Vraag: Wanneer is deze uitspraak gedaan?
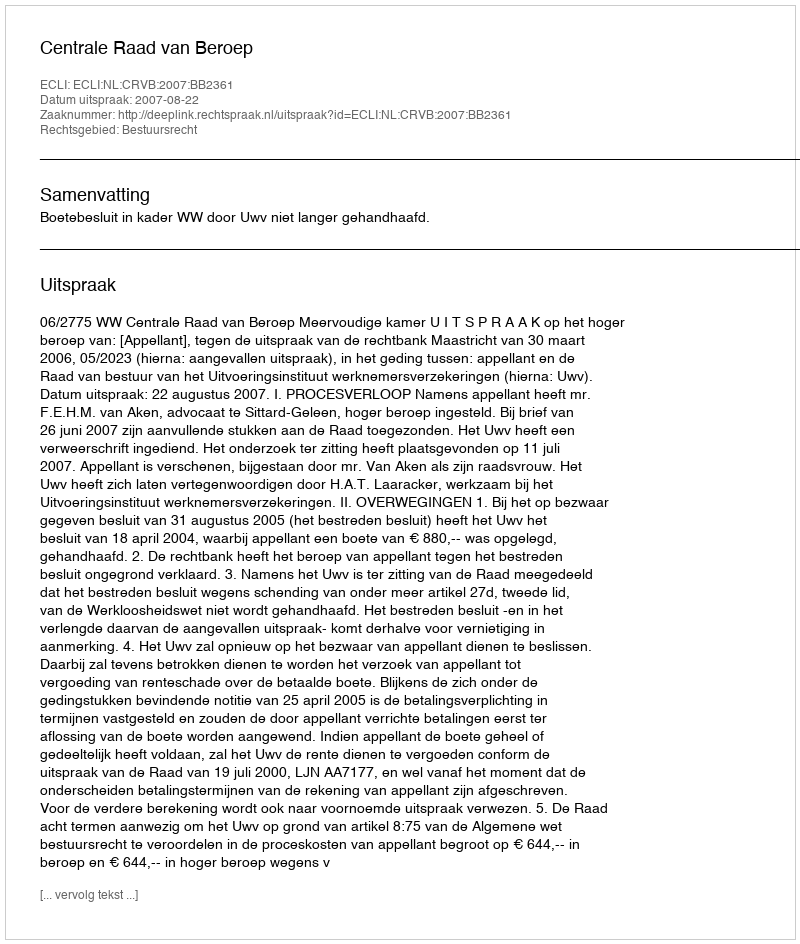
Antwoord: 2007-08-22